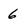
Character: 6